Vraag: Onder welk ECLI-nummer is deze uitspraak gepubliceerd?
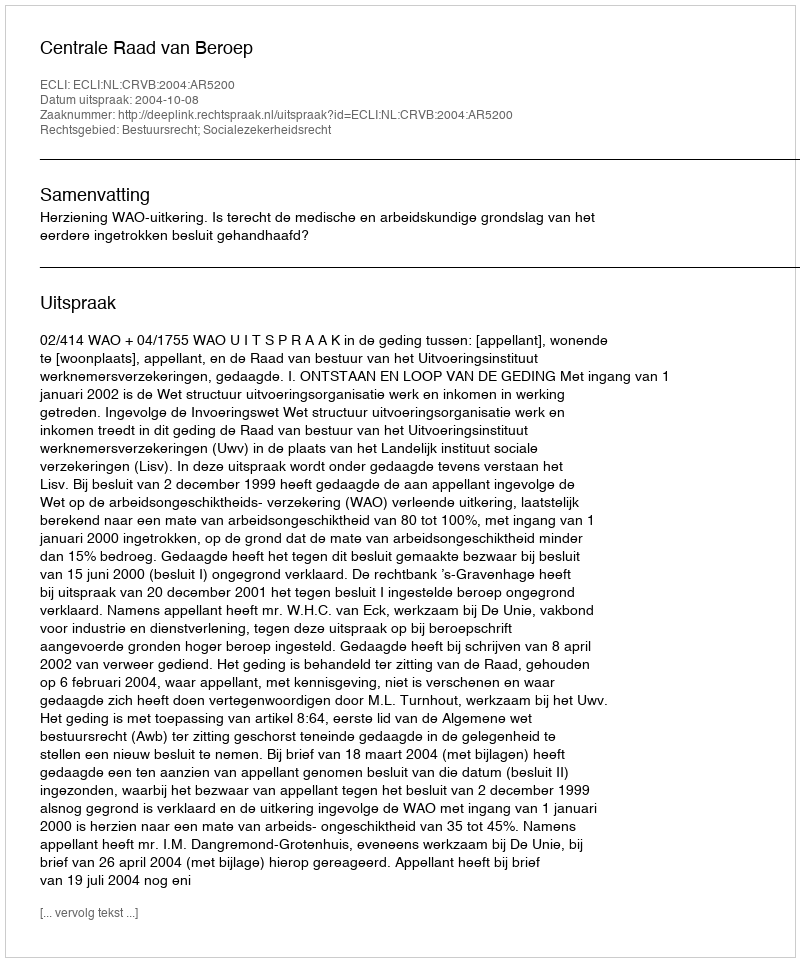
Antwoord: ECLI:NL:CRVB:2004:AR5200